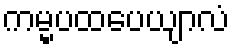
ကမ္မပထပေယျာလံ